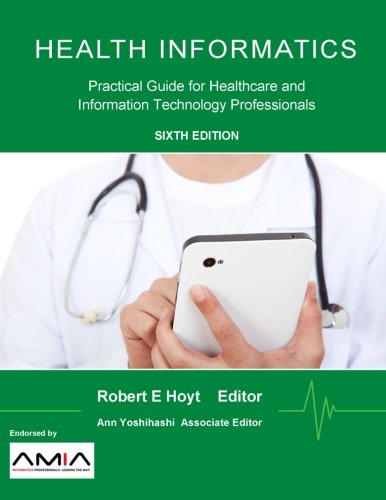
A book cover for Health Informatics: Practical Guide for Healthcare and Information Technology Professionals (Sixth Edition); Computers & Technology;